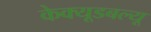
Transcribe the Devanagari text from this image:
केक्यूडबल्यू